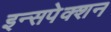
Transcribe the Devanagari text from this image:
इन्सपेक्शन